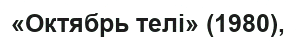
«Октябрь телі» (1980),